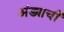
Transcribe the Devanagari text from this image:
अंड्याची